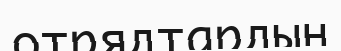
отрядтардың